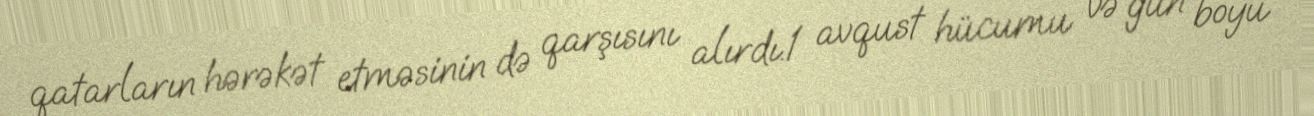
qatarların hərəkət etməsinin də qarşısını alırdı.1 avqust hücumu və gün boyu